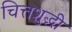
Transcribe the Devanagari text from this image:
चित्तशुद्धी